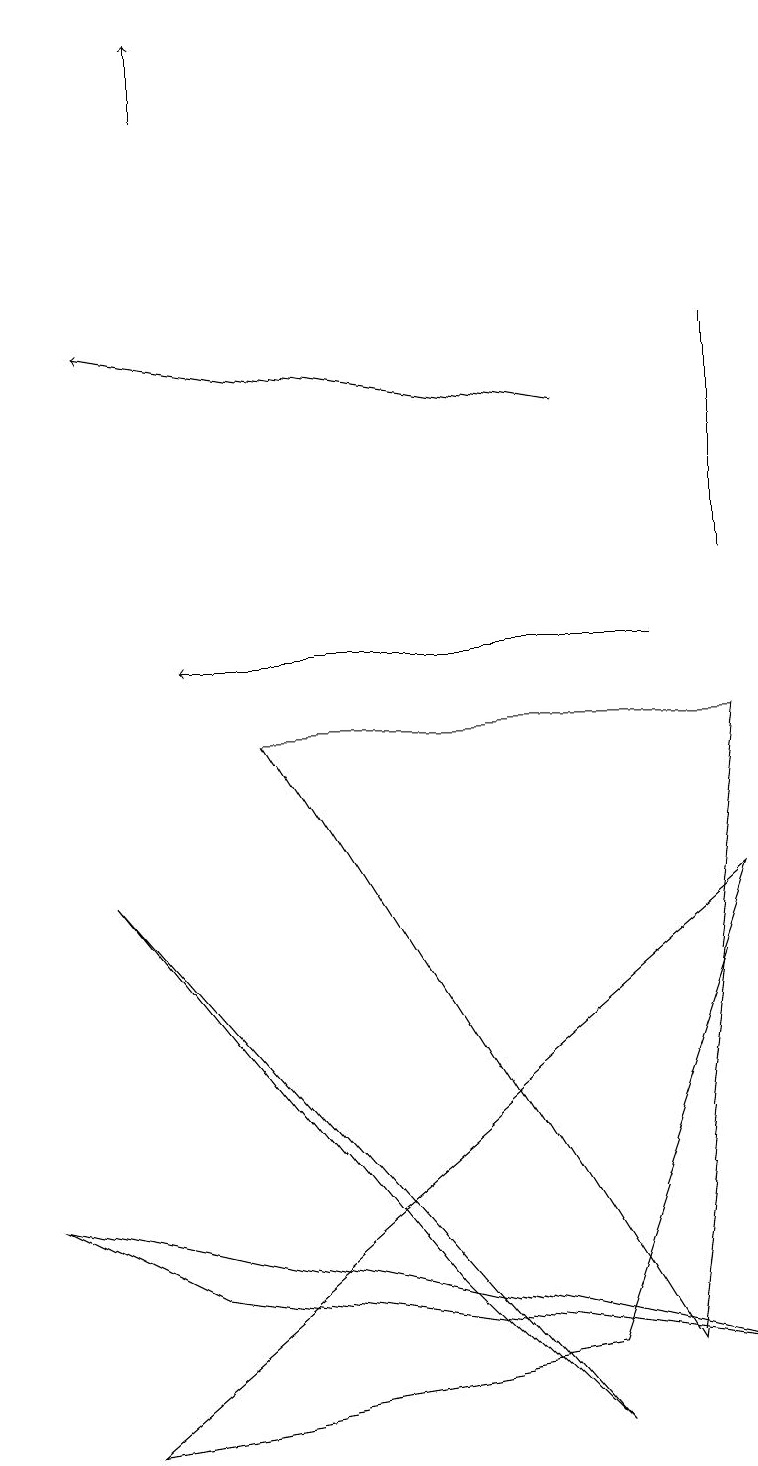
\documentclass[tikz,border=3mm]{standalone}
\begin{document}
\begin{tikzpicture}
\draw[->] (8,10) -- (2,10);
\draw (0,3) -- (9,1) -- (2,2) -- cycle;
\draw (1,7) -- (5,2) -- (7,0) -- cycle;
\draw (8,1) -- (9,9) -- (3,9) -- cycle;
\draw[->] (7,13) -- (1,14);
\draw (9,11) rectangle (9,14);
\draw (9,7) -- (7,1) -- (1,0) -- cycle;
\draw[->] (2,17) -- (2,18);
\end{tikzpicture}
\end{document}